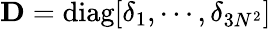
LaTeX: \textbf{D}=\mathrm{diag}[\delta_{1},\cdots,\delta_{3N^{2}}]